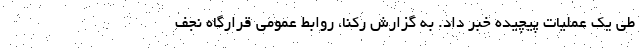
طی یک عملیات پیچیده خبر داد. به گزارش رکنا، روابط عمومی قرارگاه نجف